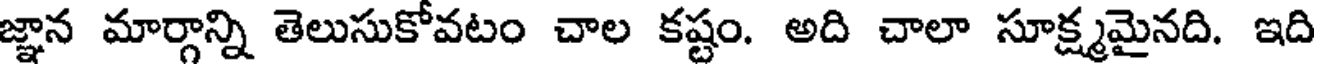
జ్ఞాన మార్గాన్ని తెలుసుకోవటం చాల కష్టం. అది చాలా సూక్ష్మమైనది. ఇది